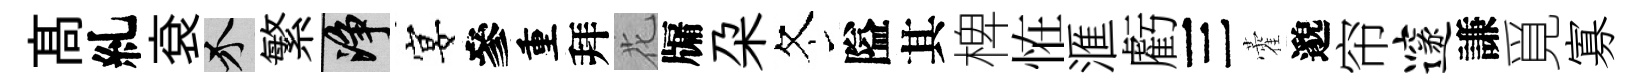
髙糺袞介繁净宴參重拜花牖朶冬隘其椑恠滙虧三藿邈帘邃謙覓寡